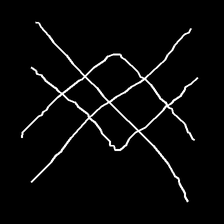
Glyph: crystal